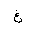
Letter: _gayn